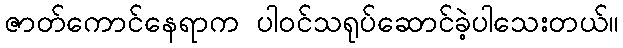
ဇာတ်ကောင်နေရာက ပါဝင်သရုပ်ဆောင်ခဲ့ပါသေးတယ်။